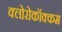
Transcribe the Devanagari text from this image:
क्लोरोकॉक्कम